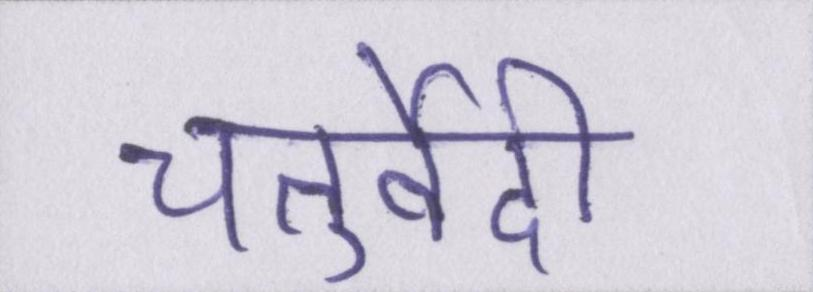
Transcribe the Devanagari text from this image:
चतुर्वेदी